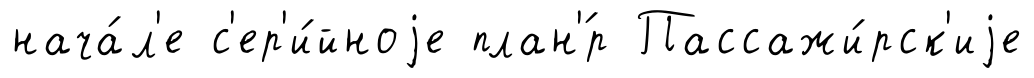
нача́л'е с'ер'и́йноjе план'́р Пассажи́рск'иjе